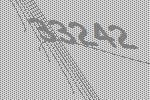
33242